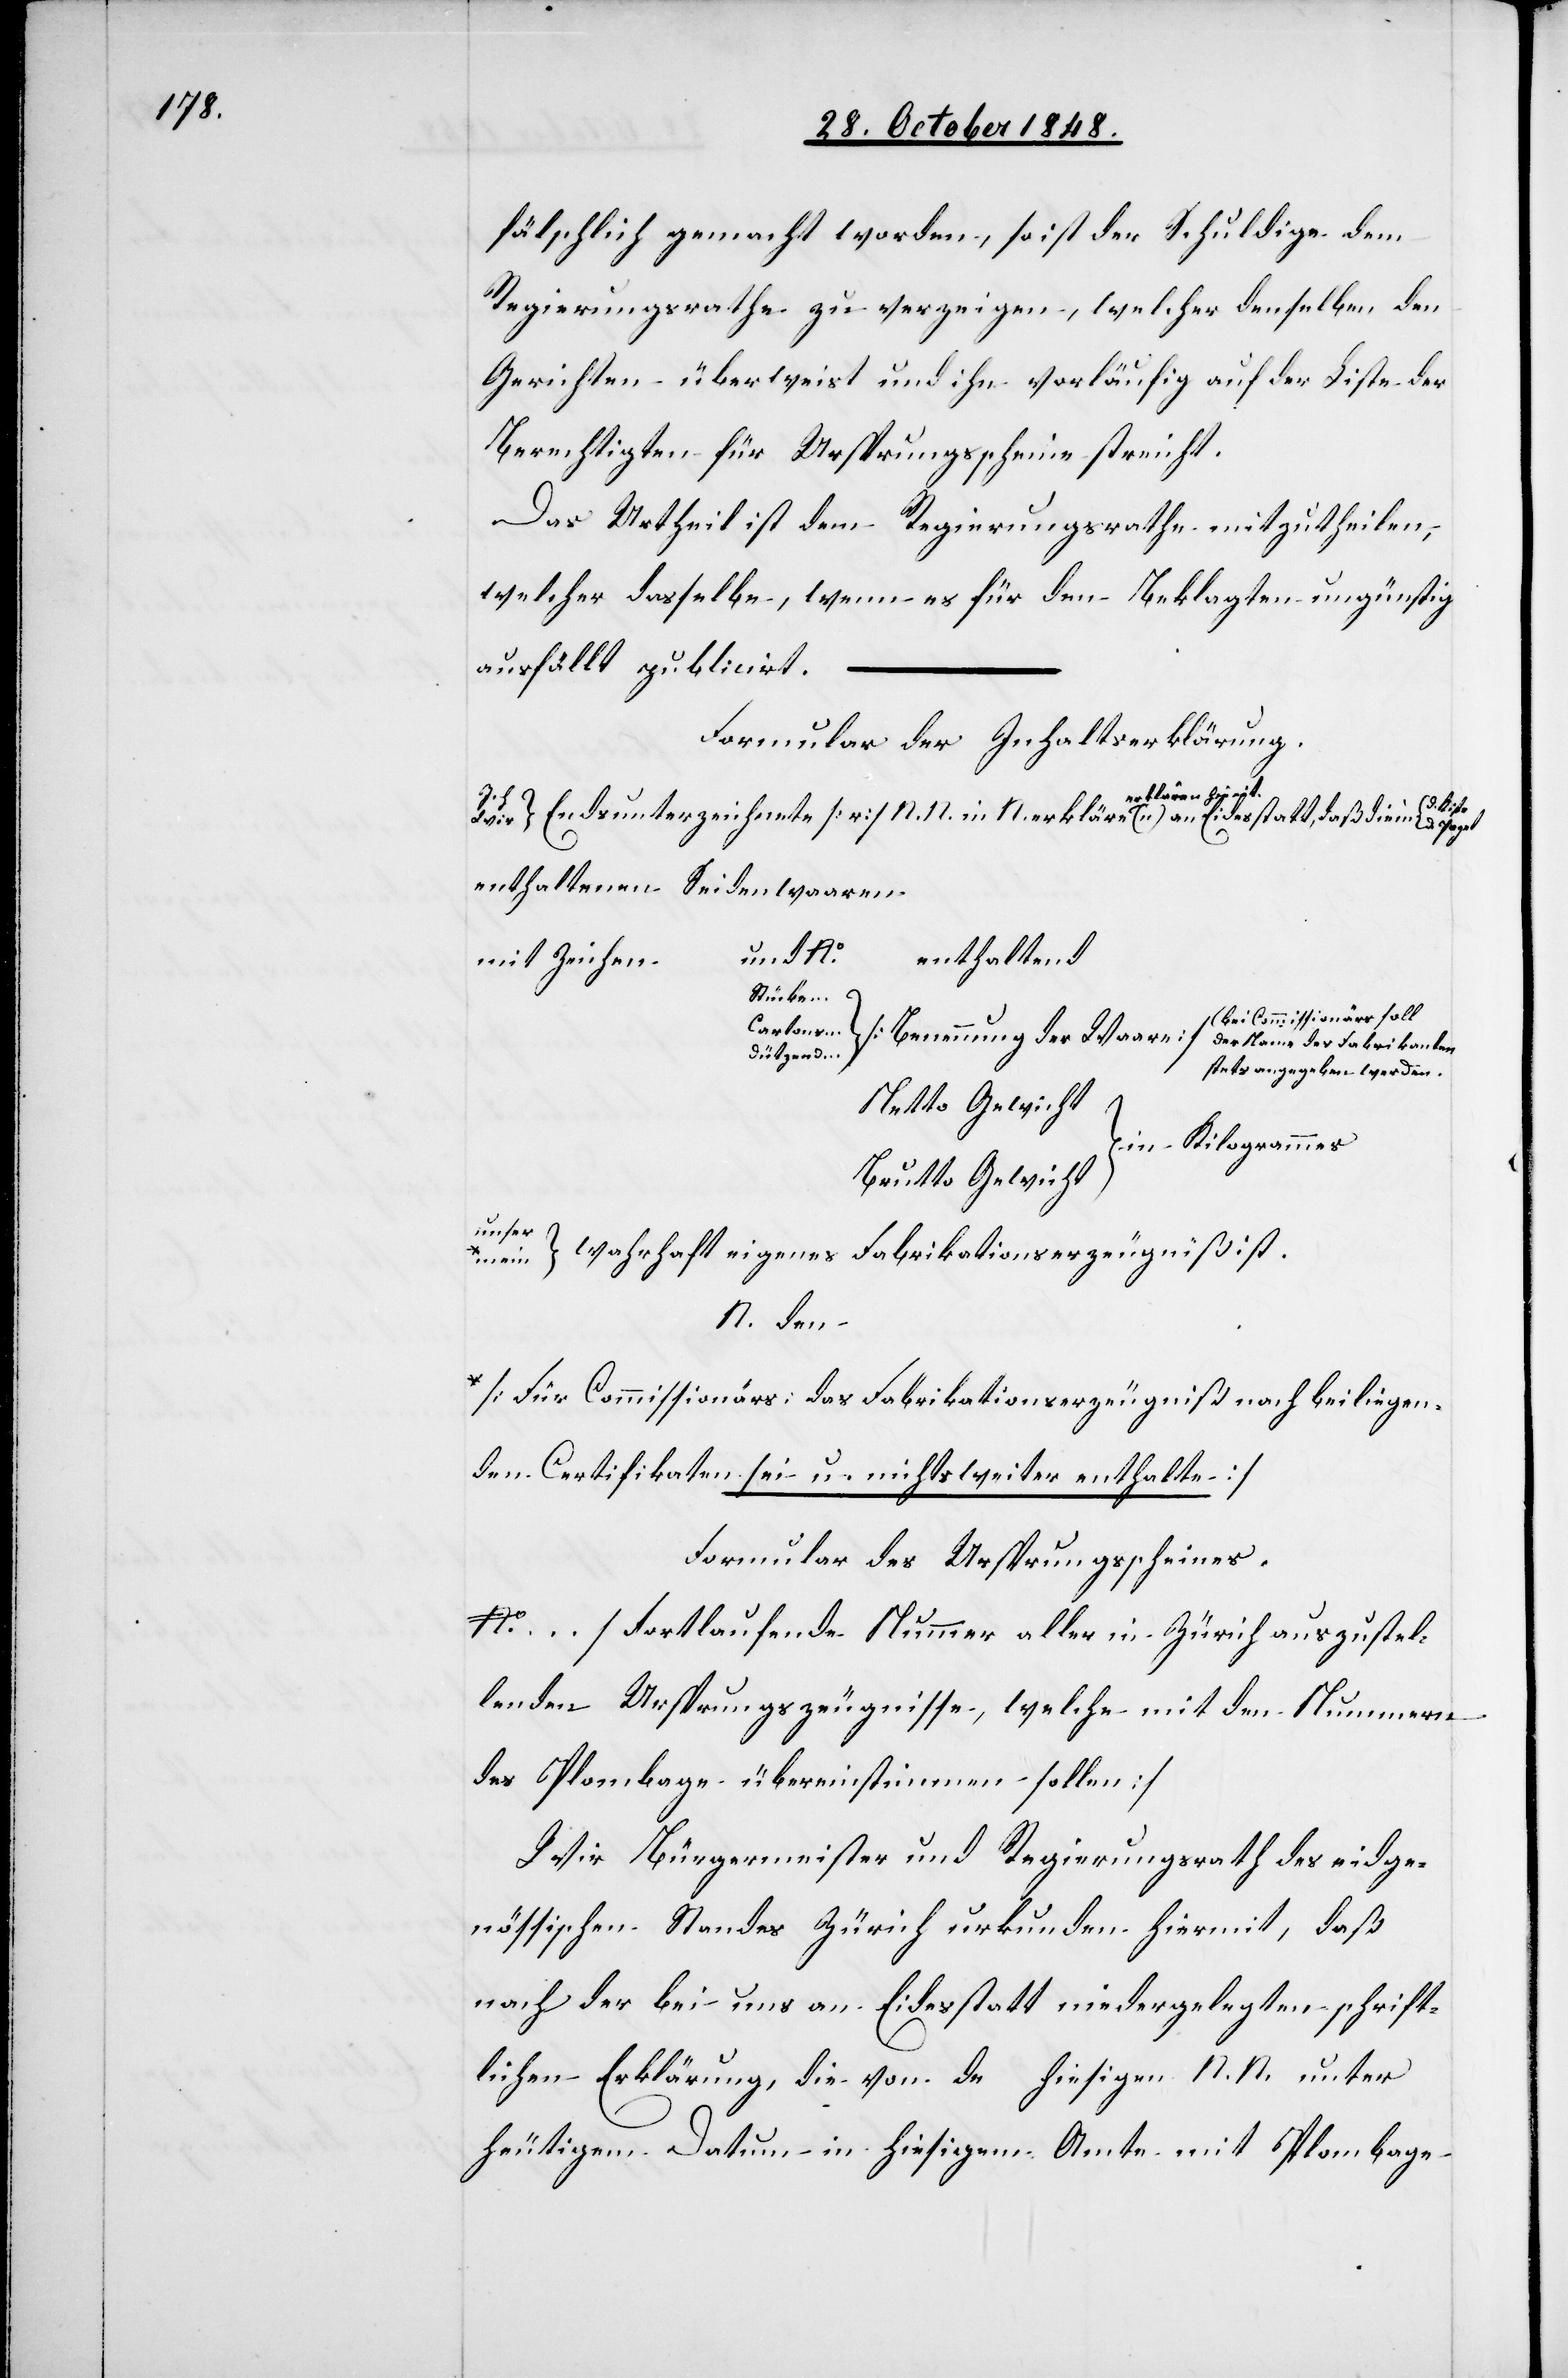
fälschlich gemacht worden, so ist der Schuldige dem
Regierungsrathe zu verzeigen, welcher denselben den
Gerichten überweist und ihn vorläufig auf der Liste der
Berechtigten für Ursprungsscheine streicht.
Das Urtheil ist dem Regierungsrathe mitzutheilen,
welcher dasselbe, wenn es für den Beklagten ungünstig
ausfällt publicirt.
Formular der Inhaltserklärung.
erkläre[n] erklären
enthaltenen Seidenwaaren
und No
enthaltend
Mit Zeichen
…
Stücke …
[Bei Commissionärs soll
Dützend …
stets angegeben werden.[]]
Netto Gewicht
in Kilogrammes
Brutto Gewicht
unser
wahrhaft eigenes Fabrikationserzeugniß ist.
mein
N. den
a-[Für Commissionärs: das Fabrikationserzeugniß nach beiliegen¬
den Certifikaten sei u. nichts weiter enthalte]-a
Formular des Ursprungsscheines.
No … [Fortlaufende Nummer aller in Zürich auszustel¬
lenden Ursprungszeugnisse, welche mit den Nummern
des Plombage übereinstimmen sollen]
Wir Bürgermeister und Regierungsrath des eidge¬
nössischen Standes Zürich urkunden hiermit, daß
nach der bei uns an Eidestatt niedergelegten schrift¬
lichen Erklärung, die von da hiesigen N. N. unter
heutigem Datum in hiesigem Amte mit Plombage

d.